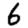
Digit: 6